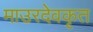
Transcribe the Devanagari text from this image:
माउरदेवकृत